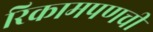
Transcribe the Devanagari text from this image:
रिकामपणची